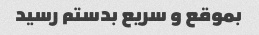
بموقع و سریع بدستم رسید